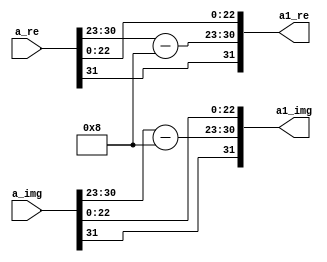
`timescale 1ns / 1ps
//////////////////////////////////////////////////////////////////////////////////
// Company: 
// Engineer: 
// 
// Design Name: 
// Module Name:    twofiftysixth 
// Project Name: 
// Target Devices: 
// Tool versions: 
// Description: 
//
// Dependencies: 
//
// Revision: 
// Revision 0.01 - File Created
// Additional Comments: 
//
//////////////////////////////////////////////////////////////////////////////////
module twofiftysixth(
    input [31:0] a_re,
    input [31:0] a_img,
    output [31:0] a1_re,
    output [31:0] a1_img
    );

assign a1_re[31]=a_re[31],a1_img[31]=a_img[31];
assign a1_re[30:23]=a_re[30:23]-8'b00001000,a1_img[30:23]=a_img[30:23]-8'b00001000;
assign a1_re[22:0]=a_re[22:0],a1_img[22:0]=a_img[22:0];
endmodule